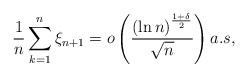
LaTeX: \begin{align*}\frac{1}{n}\sum_{k=1}^{n}\xi_{n+1} = o\left( \frac{\left(\ln n \right)^{\frac{1+\delta}{2}}}{\sqrt{n}}\right) a.s ,\end{align*}